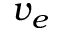
v _ { e }